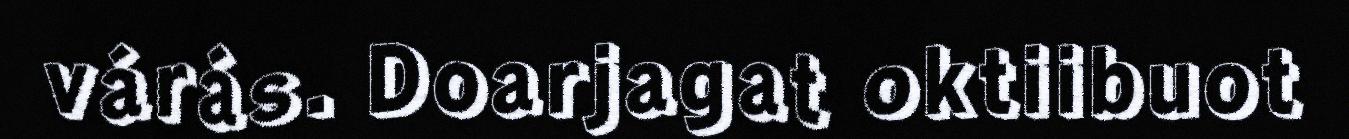
várás. Doarjagat oktiibuot